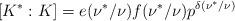
LaTeX: \begin{align*}[K^*:K]=e(\nu^*/\nu)f(\nu^*/\nu)p^{\delta(\nu^*/\nu)}\end{align*}